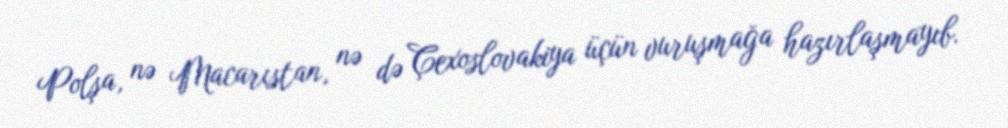
Polşa, nə Macarıstan, nə də Çexoslovakiya üçün vuruşmağa hazırlaşmayıb.